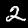
Digit: 2